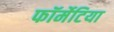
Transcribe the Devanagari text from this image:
फॉर्मेटिया